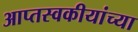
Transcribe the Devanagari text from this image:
आप्तस्वकीयांच्या